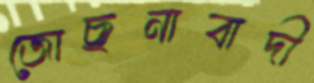
জোছনাবাদী